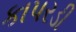
કાપરડી